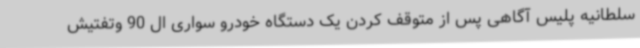
سلطانیه پلیس آگاهی پس از متوقف کردن یک دستگاه خودرو سواری ال 90 وتفتیش